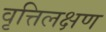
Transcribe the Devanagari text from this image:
वृत्तिलक्षण